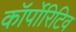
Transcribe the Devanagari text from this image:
कॉर्पोरिटिव